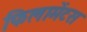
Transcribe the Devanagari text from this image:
फिलामेंटस